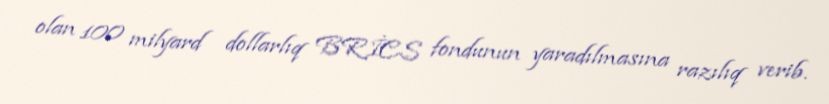
olan 100 milyard dollarlıq BRİCS fondunun yaradılmasına razılıq verib.